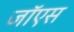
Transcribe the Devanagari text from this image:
जॉएस